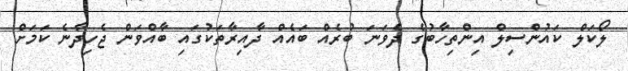
ލޯކަލް ކައުންސިލް އިންތިހާބުގެ ދެވަނަ ބުރެއް ބައެއް ދާއިރާތަކުގައި ބާއްވަން ޖެހިދާނެ ކަމަށް